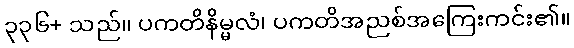
၃၃၆+ သည်။ ပကတိနိမ္မလံ၊ ပကတိအညစ်အကြေးကင်း၏။